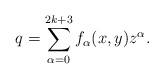
LaTeX: \begin{align*} q = \sum_{\alpha=0}^{2k+3} f_\alpha(x,y)z^\alpha.\end{align*}